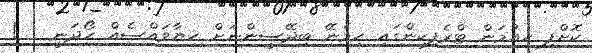
ކޮށްފި ހިއުމަން ޓްރެފިކިންގައި ހިމެނޭ ބިދޭސީންނަށް ހިޔާވައްސެއް ހޯދަނީ   !